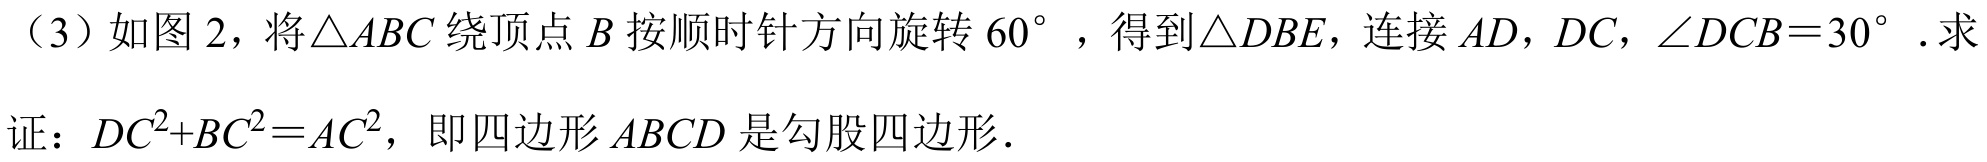
（3）如图2，将$\triangle ABC$绕顶点$B$按顺时针方向旋转$60^{\circ}$，得到$\triangle DBE$，连接$AD,DC,\angle DCB = 30^{\circ}$. 求
证：$DC^{2}+BC^{2}=AC^{2}$，即四边形$ABCD$是勾股四边形.